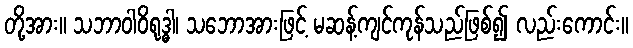
တို့အား။ သဘာဝါဝိရုဒ္ဓါ၊ သဘောအားဖြင့် မဆန့်ကျင်ကုန်သည်ဖြစ်၍ လည်းကောင်း။